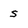
Character: s